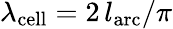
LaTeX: \lambda_{\mathrm{cell}}=2\, l_{\mathrm{arc}}/\pi